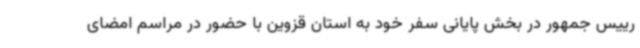
رییس جمهور در بخش پایانی سفر خود به استان قزوین با حضور در مراسم امضای